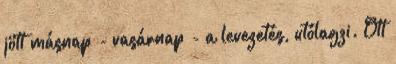
jött másnap - vasárnap - a levezetés, utólagzi. Ott